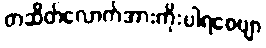
တဆိတ်လောက်အားကိုးပါရစေဗျာ